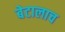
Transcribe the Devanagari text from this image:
बेटालाच